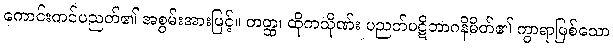
ကောင်းကင်ပညတ်၏ အစွမ်းအားဖြင့်။ တတ္ထ၊ ထိုကသိုဏ်း ပညတ်ပဋိဘာဂနိမိတ်၏ ကွာရာဖြစ်သော